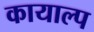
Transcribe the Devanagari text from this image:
कायाल्प